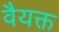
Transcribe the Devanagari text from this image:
वैयक्त